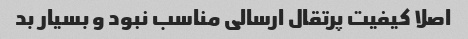
اصلا کیفیت پرتقال ارسالی مناسب نبود و بسیار بد